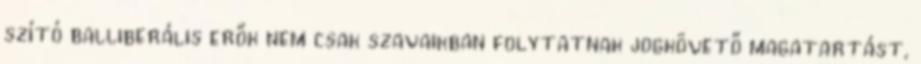
szító balliberális erők nem csak szavaikban folytatnak jogkövető magatartást,